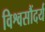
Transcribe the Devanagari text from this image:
विश्वसौंदर्य